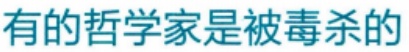
有的哲学家是被毒杀的